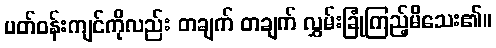
ပတ်ဝန်းကျင်ကိုလည်း တချက် တချက် လွှမ်းခြုံကြည့်မိသေး၏။